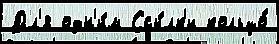
Дл'я одн'и́м Ссы́лк'и кольцо́